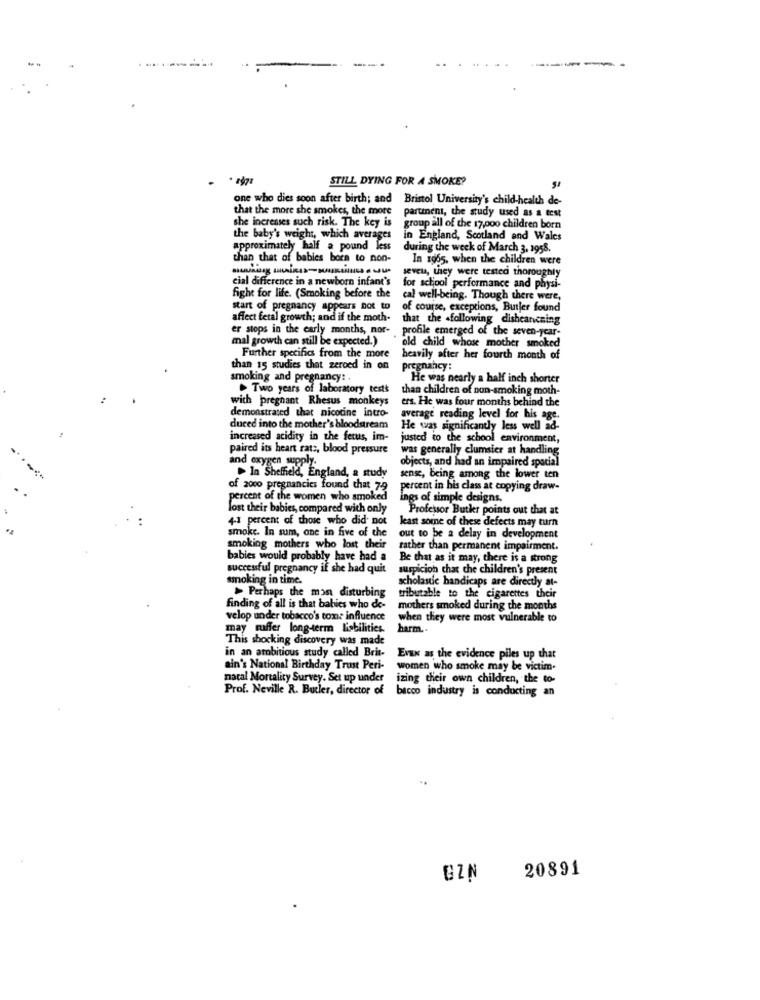
---
STILL DYING FOR A SMOKE?
one who dies soon after birth; and Bristol University's child-health de-
that the more she smokes, the more
partment, the study used as a test
she increases such risk. The key is
group all of the 17,000 children born
the baby's weight, which averages
in England, Scotland and Wales
approximately half a pound less
during the week of March 3, 1958.
than that of babies born to non-
In 1965, when the children were
seveu, they were tested thoroughly
cial difference in a newborn infant's
for school performance and physi-
fight for life. (Smoking before the
cal well-being. Though there were,
start of pregnancy appears not to
of course, exceptions, Butler found
affect fetal growth; and if the moth-
that the following disheanicning
er stops in the carly months, nor-
mal growth can still be expected.)
profile emerged of the seven-year-
old child whose mother smoked
Further specifics from the more
heavily after her fourth month of
than 15 studies that zeroed in on
pregnancy:
smoking and pregnancy: .
He was nearly a half inch shorter
Two years of laboratory tests
than children of non-smoking moth-
with pregnant Rhesus monkeys
ers. He was four months behind the
demonstrated that nicotine intro-
average reading level for his age.
duced into the mother's bloodstream
He was significantly less well ad-
increased acidity in the fetus, im-
justed to the school environment,
paired its heart rats, blood pressure
was generally clumsier at handling
and oxygen supply.
objects, and had an impaired spacial
In Sheffield, England, a study
sens, being among the lower ten
of 2000 pregnancies found that 7-9
percent in his class at copying draw-
percent of the women who smoked
ings of simple designs.
lost their babies, compared with only
Professor Butkr points out that at
4.1 percent of those who did not
least some of these defects may turn
smoke. In sum, one in five of the
out to be a delay in development
smoking mothers who lost their
rather than permanent impairment.
babies would probably have had a
Be that as it may, there is a trong
successful pregnancy if she had quit
suspicion that che children's present
smoking in time.
scholastic handicaps are directly at-
Perhaps the most disturbing
tributable to the cigarettes their
finding of all is that babies who de-
mothers smoked during the months
velop under tobacco's tome influence
when they were most vulnerable to
may suffer long-term liabilities.
harm ..
This shocking discovery was made
in an ambitious study called Brit-
Evax as the evidence piles up that
ain's National Birthday Trust Peri-
women who smoke may be victim-
natal Mortality Survey. Set up under
izing their own children, the to-
Prof. Neville R. Butler, director of
bacco industry is conducting an
..
20891
GZN